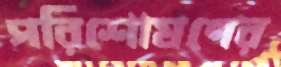
পরিশোষণের